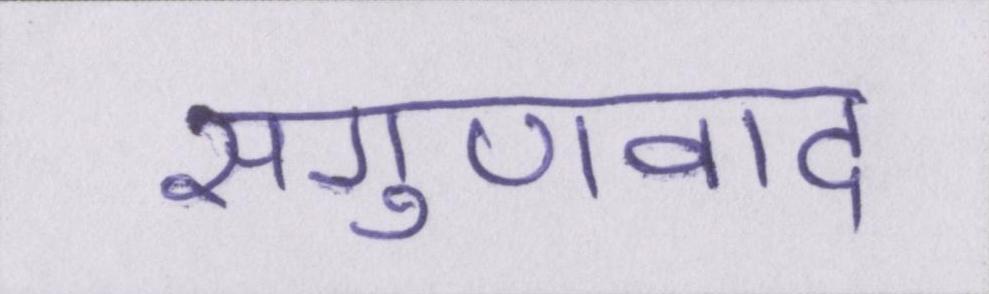
सगुणवाद